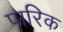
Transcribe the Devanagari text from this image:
पारिक